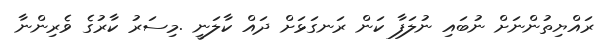
ރައްޔިތުންނަށް ނުބައި ނުލަފާ ކަން ރަނގަޅަށް ދައް ކާލަނީ .މިސަރު ކާރުގެ ވެރިންނާ